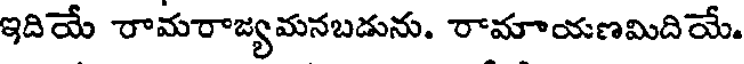
ఇదియే రామరాజ్యమనబడును. రామాయణమిదియే.